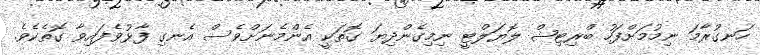
ހަނގުރާމަ ނިމުމަށްފަހު ބްރިޓިޝް ލޮޔަލްޓީ ނިމިގެންދިޔަ ގޮތަކީ އެންމެނަށްވެސް އެނގި ފާޅުވެފައިވާ ގޮތެކެވެ.